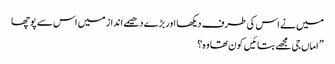
میں نے اس کی طرف دیکھا اور بڑے دھیمے انداز میں اس سے پوچھا
” اماں جی مجھے بتائیں کون تھا وہ؟